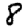
Digit: 8